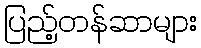
ပြည့်တန်ဆာများ